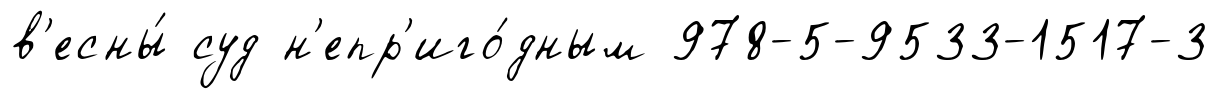
в'есны́ суд н'епр'иго́дным 978-5-9533-1517-3